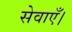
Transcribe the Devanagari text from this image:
सेवाएँ।